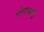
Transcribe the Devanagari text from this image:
गोपाबाई